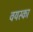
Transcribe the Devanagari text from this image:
वयस्का